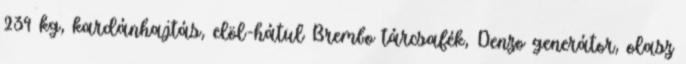
239 kg, kardánhajtás, elöl-hátul Brembo tárcsafék, Denzo generátor, olasz